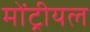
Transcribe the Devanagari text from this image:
मोंट्रीयल